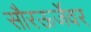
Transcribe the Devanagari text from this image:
सौरऊर्जेवर